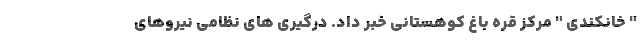
" خانکندی " مرکز قره باغ کوهستانی خبر داد. درگیری های نظامی نیروهای